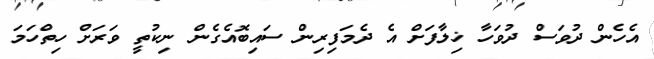
އެހެން ދުވަސް ދުވަހާ ޚިލާފަށް އެ ދެމަފިރިން ސައިބޮއެގެން ނިކުތީ ވަރަށް ހިތްހަމަ